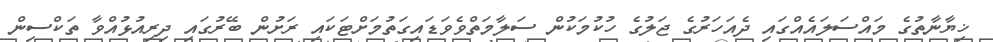
ޚިޔާނާތުގެ މައްސަލައެއްގައި ދެއަހަރުގެ ޖަލުގެ ހުކުމަކުން ސަލާމަތްވެވަޑައިގަތުމަށްޓަކައި ރަށުން ބޭރުގައި ދިރިއުޅުއްވާ ތަކްސިން